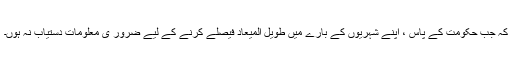
کہ جب حکومت کے پاس ، اپنے شہریوں کے بارے میں طویل المیعاد فیصلے کرنے کے لیے ضرور ی معلومات دستیاب نہ ہوں۔